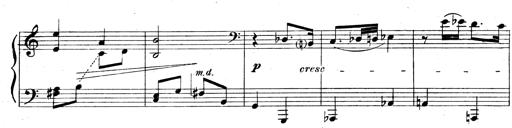
Title: 3 Sonatinas for Piano
Composer: Vissarion Shebalin